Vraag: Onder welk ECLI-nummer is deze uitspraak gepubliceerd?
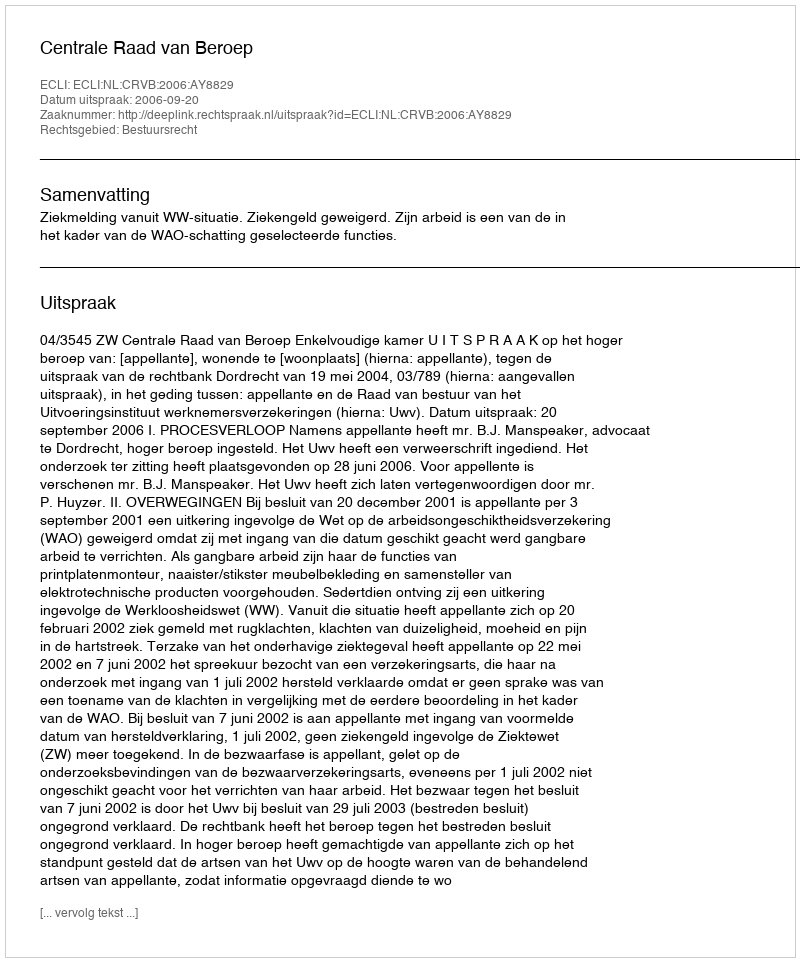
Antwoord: ECLI:NL:CRVB:2006:AY8829